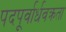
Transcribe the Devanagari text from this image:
पदपूर्वार्धवक्रता